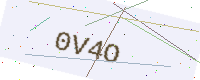
Text: 0V4O